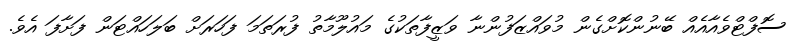
ސޮފްޓްވެއާއެއް ބޭނުންކޮށްގެން މުވައްޒަފުންނާ ވަޒީފާތަކުގެ މައުލޫމާތު ފުރަތަމަ ފަހަރަށް ބަލަހައްޓަން ފަށާފަ އެވެ.